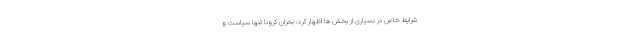
شرایط خاص در بسیاری از بخش ها اظهار کرد: بحران کرونا تنها سیاست و